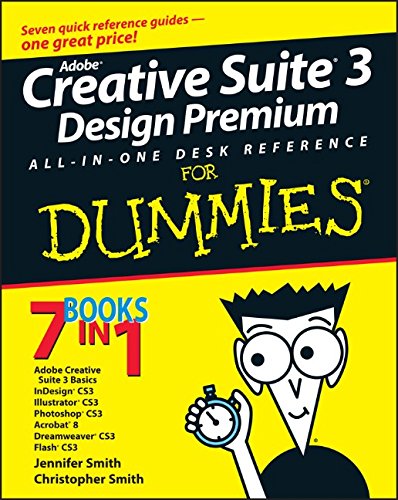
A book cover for Adobe Creative Suite 3 Design Premium All-in-One Desk Reference For Dummies; Jennifer Smith; Computers & Technology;